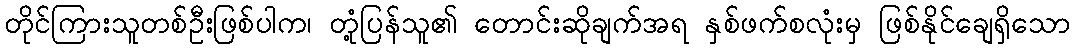
တိုင်ကြားသူတစ်ဦးဖြစ်ပါက၊ တုံ့ပြန်သူ၏ တောင်းဆိုချက်အရ နှစ်ဖက်စလုံးမှ ဖြစ်နိုင်ချေရှိသော